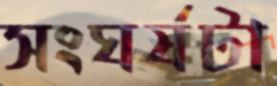
সংঘর্ষটা